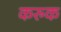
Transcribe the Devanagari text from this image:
करुक